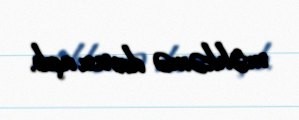
məhkəmə davası açıb.